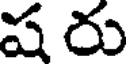
ష రు